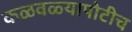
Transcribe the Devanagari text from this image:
कळवळ्यापोटीच